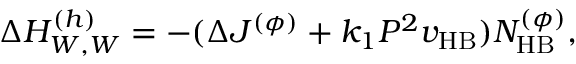
\Delta H _ { W , W } ^ { ( h ) } = - ( \Delta J ^ { ( \phi ) } + k _ { 1 } P ^ { 2 } v _ { \mathrm { H B } } ) N _ { \mathrm { H B } } ^ { ( \phi ) } ,